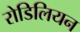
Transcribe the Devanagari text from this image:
रोडिलियन